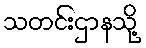
သတင်းဌာနသို့